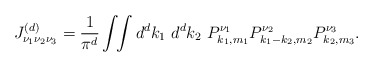
\begin{align*}J^{(d)}_{\nu_1 \nu_2 \nu_3 }=\frac{1}{\pi^d} \int \!\! \int {d^d k_1~d^d k_2}~P_{k_1,m_1}^{\nu_1}P_{k_1-k_2,m_2}^{\nu_2}P_{k_2,m_3}^{\nu_3}.\end{align*}